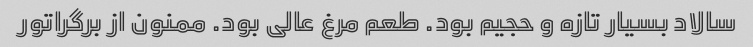
سالاد بسیار تازه و حجیم بود. طعم مرغ عالی بود. ممنون از برگراتور